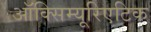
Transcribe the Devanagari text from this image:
ऑक्सिम्यूरिएटिक